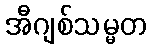
အီဂျစ်သမ္မတ